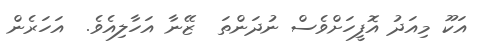
އަކޫ މިއަދު އޮފީހަށްވެސް ނުދަންތަ  ޒޭނާ އަހާލިއެވެ.  އަހަރެން